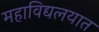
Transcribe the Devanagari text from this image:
महाविद्यलयात